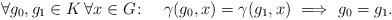
LaTeX: \begin{align*}\forall g_{0},g_{1} \in K \, \forall x \in G \colon \quad\gamma (g_{0},x) = \gamma(g_{1},x) \ \Longrightarrow \ g_{0} = g_{1}.\end{align*}